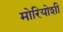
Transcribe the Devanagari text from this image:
मोरियोशी